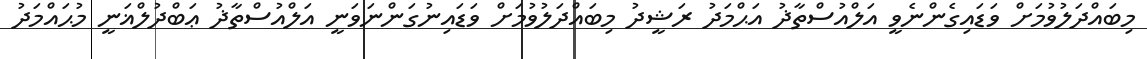
މިބައްދަލުވުމަށް ވަޑައިގެންނެވީ އަލްއުސްތާޛު އަޙްމަދު ރަޝީދު މިބައްދަލުވުމަށް ވަޑައިނުގަންނަވަނީ އަލްއުސްތާޛު ޢަބްދުލްޣަނީ މުޙައްމަދު